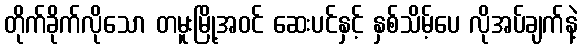
တိုက်ခိုက်လိုသော တမူးမြို့အဝင် ဆေးပင်နှင့် နှစ်သိမ့်ပေ လိုအပ်ချက်နဲ့